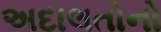
અદાલતોનો